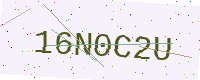
Text: 16N0C2U